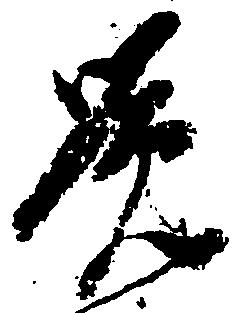
覚